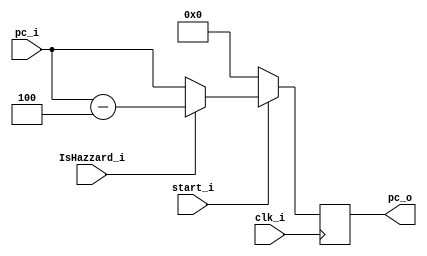
module PC
(
    clk_i,
    start_i,
    pc_i,
	IsHazzard_i,
    pc_o
);

// Ports
input               clk_i;
input               IsHazzard_i;
input               start_i;
input   [31:0]      pc_i;
output  reg [31:0]  pc_o;

// Wires & Registers

always@(posedge clk_i) begin
  if(start_i)begin
    if(IsHazzard_i)
      pc_o = pc_i-4;
    else
      pc_o = pc_i;
  end
  else
		pc_o = 32'b0;
end

endmodule